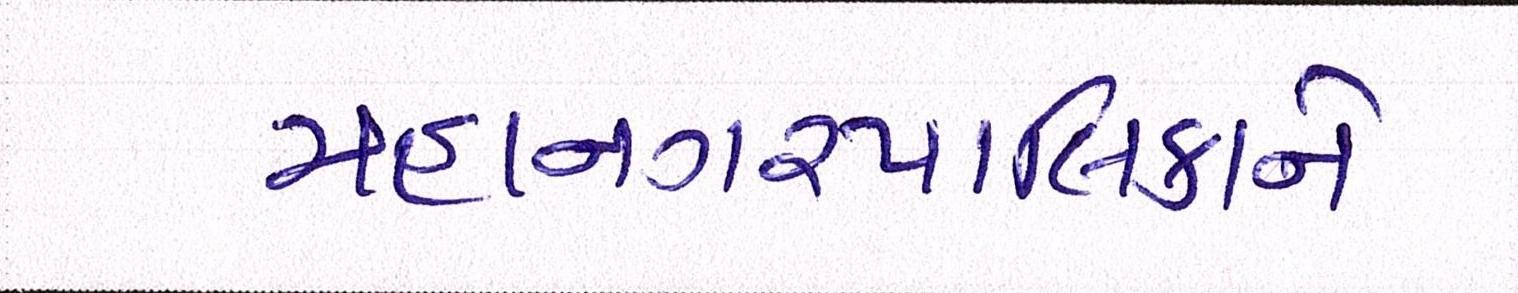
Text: મહાનગરપાલિકાને